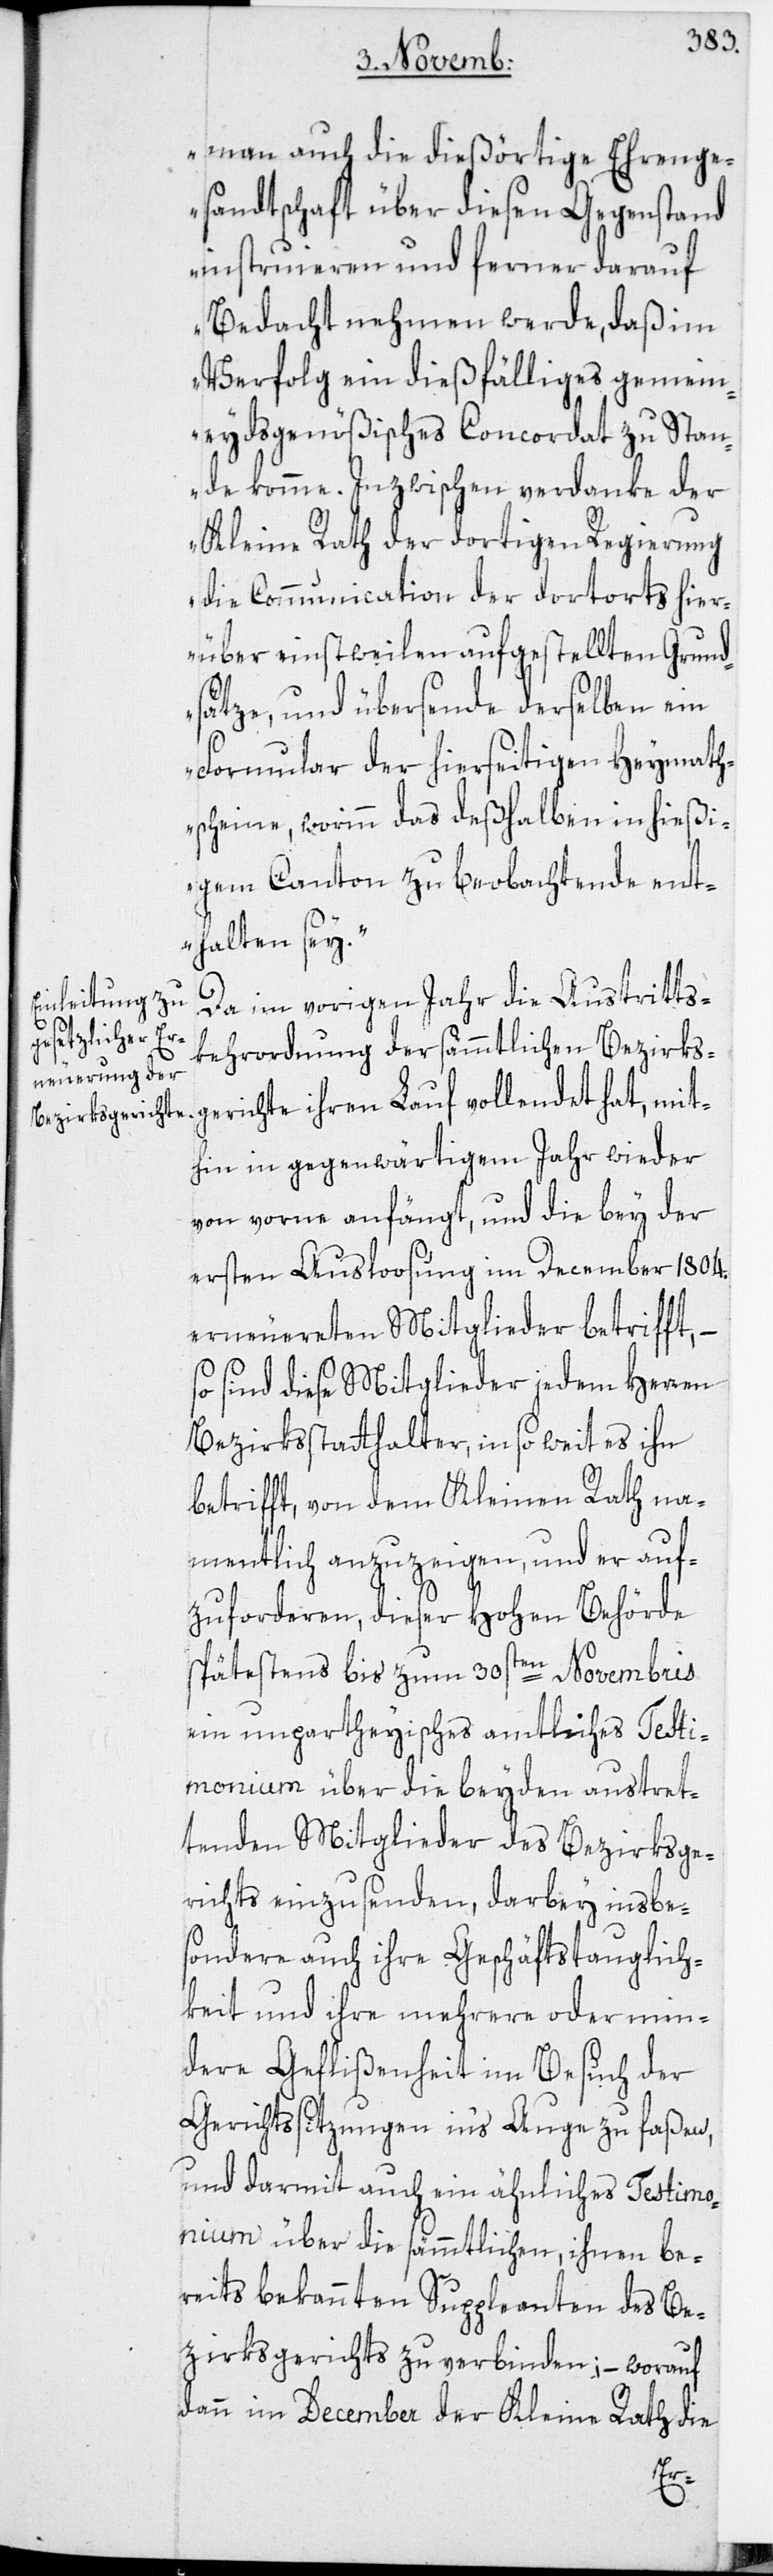
man auch die dießörtige Ehrenge¬
sandtschaft über diesen Gegenstand
instruieren und ferner darauf
Bedacht nehmen werde, daß im
Verfolg ein dießfälliges gemein¬
eydsgenößisches Concordat zu Stan¬
de komme. Inzwischen verdanke der
Kleine Rath der dortigen Regierung
die Communication der dortorts hier¬
über einstweilen aufgestellten Grund¬
sätze, und übersende derselben ein
Formular der hierseitigen Heymath¬
scheine, worinn das deßhalben in hießi¬
gem Canton zu Beobachtende ent¬
halten sey.“
Da im vorigen Jahr die Austritts¬
gerichte i¬
kehrordnung der sämmtlichen Bezirks¬
hin in gegenwärtigem Jahr wieder
von vorne anfängt, und die bey der
ersten Ausloosung im December 1804.
erneuereten Mitglieder betrifft,
so sind diese Mitglieder jedem Herren
Bezirksstatthalter, in so weit es ihn
betrifft, von dem Kleinen Rath na¬
mentlich anzuzeigen, und er auf¬
zuforderen, dieser Hohen Behörde
spätestens bis zum 30sten Novembris
ein unpartheyisches amtliches Testi¬
monium über die beyden austret¬
tenden Mitglieder des Bezirksge¬
richts einzusenden, darbey insbe¬
sondere auch ihre Geschäftstauglich¬
keit und ihre mehrere oder min¬
dere Geflißenheit im Besuch der
Gerichtssitzungen in‘s Auge zu faßen,
und darmit auch ein ähnliches Testimo¬
nium über die sämmtlichen, ihnen be¬
reits bekannten Suppleanten des Be¬
zirksgerichts zu verbinden; – worauf
dann im December der Kleine Rath die
mit¬